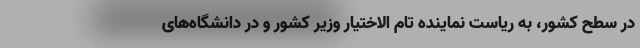
در سطح کشور، به ریاست نماینده تام الاختیار وزیر کشور و در دانشگاه‌های